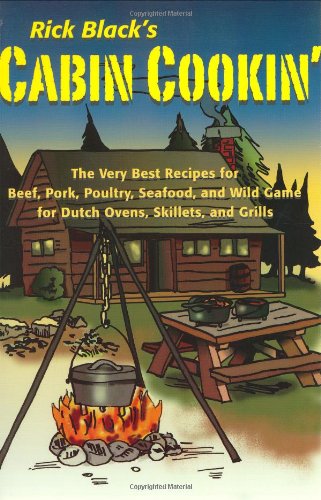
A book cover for Cabin Cookin': The Very Best Recipes for Beef, Pork, Poultry, Seafood, and Wild Game in Dutch Ovens, Skillets, and Grills; Rick Black; Cookbooks, Food & Wine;